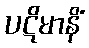
ပဋိမာနိံ